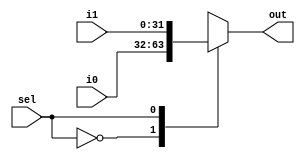
module MUX_2to1_32(i0, i1, sel, out);
input [31:0] i0, i1;
input sel;
output reg [31:0] out;

always @ (*)
begin
	case (sel)
	1'b0: out = i0;
	1'b1: out = i1;
	default: out = 5'bx;
	endcase
end
endmodule


module MUX_2to1_5(i0, i1, sel, out);

input [4:0] i0, i1;
input sel;
output reg [4:0] out;

always @ (*)
begin
	case (sel)
	1'b0: out = i0;
	1'b1: out = i1;
	default: out = 32'bx;
	endcase
end

endmodule

module MUX_4to1_32 (i0, i1, i2, i3, sel, out);

input [31:0] i0, i1, i2, i3;
input [1:0] sel;
output reg [31:0] out;

always @ (*)
begin
	case (sel)
	2'b00: out = i0;
	2'b01: out = i1;
    2'b10: out = i2;
    2'b11: out = i3;
	default: out = 32'bx;
	endcase
end

endmodule